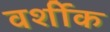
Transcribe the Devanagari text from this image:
वर्शीक